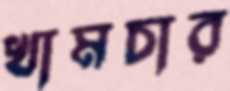
খামচার